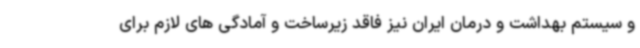
و سیستم بهداشت و درمان ایران نیز فاقد زیرساخت و آمادگی های لازم برای